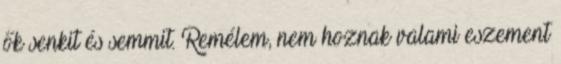
ők senkit és semmit. Remélem, nem hoznak valami eszement